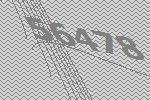
56478